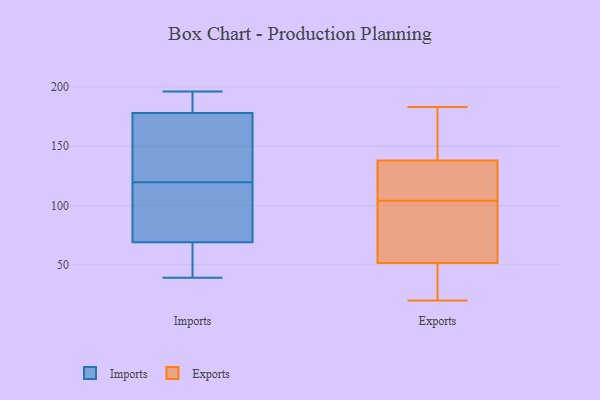
{"axis": {"x": "Backlog", "y": "Value"}, "legend": ["Exports", "Imports"], "data": [{"x": "", "y": 185, "type": "Imports"}, {"x": "", "y": 108, "type": "Imports"}, {"x": "", "y": 185, "type": "Imports"}, {"x": "", "y": 170, "type": "Imports"}, {"x": "", "y": 39, "type": "Imports"}, {"x": "", "y": 171, "type": "Imports"}, {"x": "", "y": 73, "type": "Imports"}, {"x": "", "y": 131, "type": "Imports"}, {"x": "", "y": 65, "type": "Imports"}, {"x": "", "y": 52, "type": "Imports"}, {"x": "", "y": 196, "type": "Imports"}, {"x": "", "y": 102, "type": "Imports"}, {"x": "", "y": 65, "type": "Exports"}, {"x": "", "y": 59, "type": "Exports"}, {"x": "", "y": 104, "type": "Exports"}, {"x": "", "y": 23, "type": "Exports"}, {"x": "", "y": 182, "type": "Exports"}, {"x": "", "y": 104, "type": "Exports"}, {"x": "", "y": 100, "type": "Exports"}, {"x": "", "y": 122, "type": "Exports"}, {"x": "", "y": 20, "type": "Exports"}, {"x": "", "y": 44, "type": "Exports"}, {"x": "", "y": 183, "type": "Exports"}, {"x": "", "y": 138, "type": "Exports"}, {"x": "", "y": 138, "type": "Exports"}, {"x": "", "y": 138, "type": "Exports"}, {"x": "", "y": 127, "type": "Exports"}, {"x": "", "y": 25, "type": "Exports"}]}